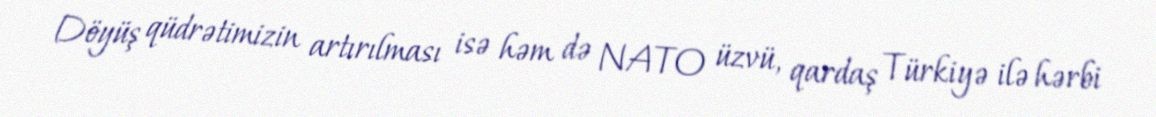
Döyüş qüdrətimizin artırılması isə həm də NATO üzvü, qardaş Türkiyə ilə hərbi